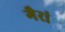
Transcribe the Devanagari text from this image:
गैरां